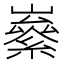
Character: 𡽭